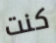
كنت